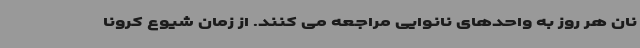
نان هر روز به واحدهای نانوایی مراجعه می کنند. از زمان شیوع کرونا